Language: tamil
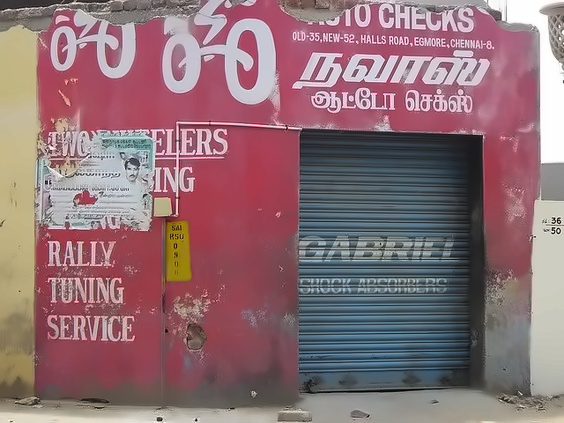
Transcription: நவாஸ் செக்ஸ் ஆட்டோ